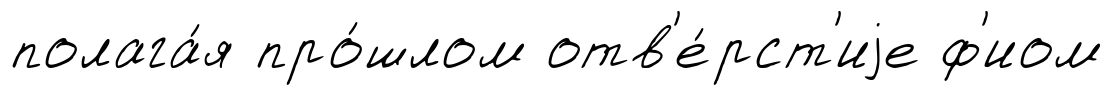
полага́я про́шлом отв'е́рст'иjе ф'иом